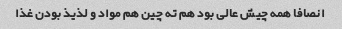
انصافا همه چیش عالی بود هم ته چین هم مواد و لذیذ بودن غذا